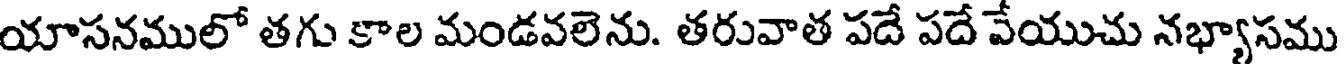
యాసనములో తగు కాల మండవలెను. తరువాత పదే పదే వేయుచు నభ్యాసము